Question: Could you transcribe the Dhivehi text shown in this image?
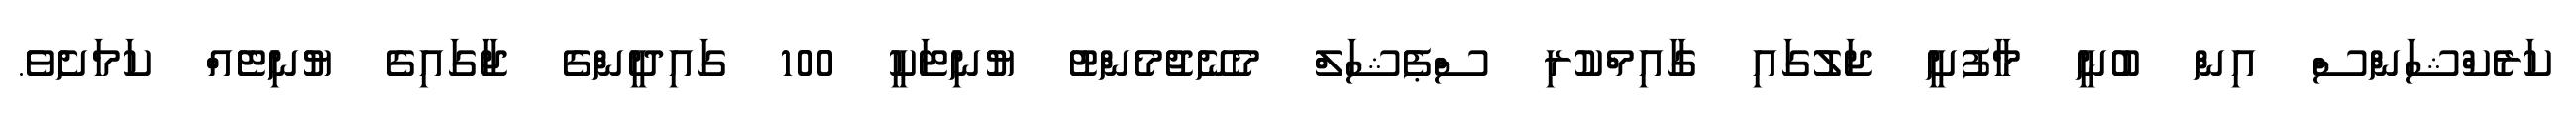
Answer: ކަރެކްޝަންސް އިން ބުނީ މާފުށީ ޖަލުގައި ގާއިމްކުރި ސްޕެޝަލް މެނޭޖުމެންޓު ޔުނިޓަކީ 100 ގައިދީންގެ ޖާގައިގެ ޔުނިޓެއް ކަމަށެވެ.